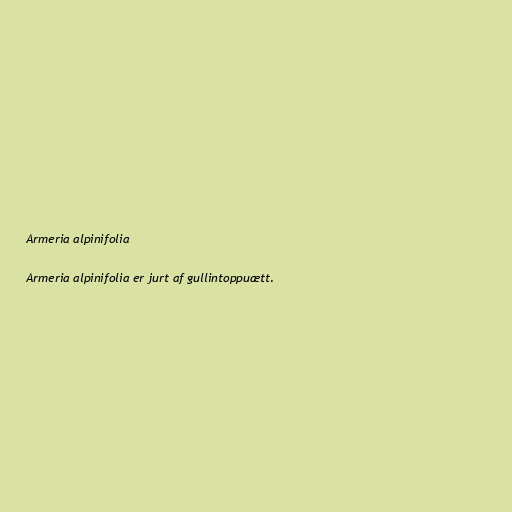
Armeria alpinifolia

Armeria alpinifolia er jurt af gullintoppuætt.